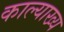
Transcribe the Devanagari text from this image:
काल्याख्य